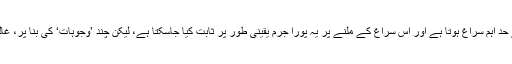
موبائل فون کے ذریعے کئے گئے بم دھماکے میں تفتیش کے نقطۂ نظر سے سم کارڈ بے حد اہم سراغ ہوتا ہے اور اس سراغ کے ملنے پر یہ پورا جرم یقینی طور پر ثابت کیا جاسکتا ہے، لیکن چند ’وجوہات‘ کی بنا پر، غالباً خفیہ ایجنسیوں کے دباؤ کی وجہ سے، مقامی پولس نے اس اہم ثبوت کو پوشیدہ رکھ دیا۔